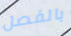
بالفصل